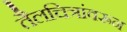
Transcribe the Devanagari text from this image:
तैलचित्रांवरून